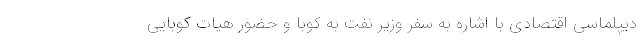
دیپلماسی اقتصادی با اشاره به سفر وزیر نفت به کوبا و حضور هیات کوبایی